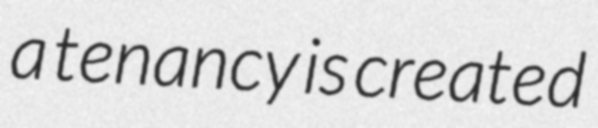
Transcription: a tenancy is created